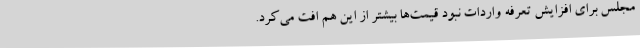
مجلس برای افزایش تعرفه واردات نبود قیمت‌ها بیشتر از این هم افت می‌کرد.